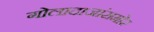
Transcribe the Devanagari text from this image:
गोलादाजांसमोर